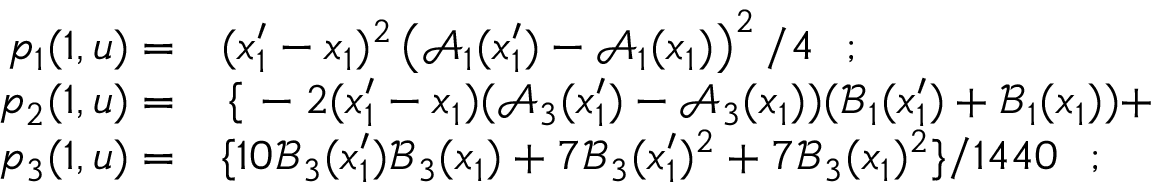
\begin{array} { r l } { p _ { 1 } ( 1 , \boldsymbol { u } ) = } & { { } ( x _ { 1 } ^ { \prime } - x _ { 1 } ) ^ { 2 } \left( \mathcal { A } _ { 1 } ( x _ { 1 } ^ { \prime } ) - \mathcal { A } _ { 1 } ( x _ { 1 } ) \right) ^ { 2 } / 4 \ \ ; } \\ { p _ { 2 } ( 1 , \boldsymbol { u } ) = } & { { } \left\{ \right. - 2 ( x _ { 1 } ^ { \prime } - x _ { 1 } ) ( \mathcal { A } _ { 3 } ( x _ { 1 } ^ { \prime } ) - \mathcal { A } _ { 3 } ( x _ { 1 } ) ) ( \mathcal { B } _ { 1 } ( x _ { 1 } ^ { \prime } ) + \mathcal { B } _ { 1 } ( x _ { 1 } ) ) + } \\ { p _ { 3 } ( 1 , \boldsymbol { u } ) = } & { { } \{ 1 0 \mathcal { B } _ { 3 } ( x _ { 1 } ^ { \prime } ) \mathcal { B } _ { 3 } ( x _ { 1 } ) + 7 \mathcal { B } _ { 3 } ( x _ { 1 } ^ { \prime } ) { } ^ { 2 } + 7 \mathcal { B } _ { 3 } ( x _ { 1 } ) { } ^ { 2 } \} / 1 4 4 0 \ \ ; } \end{array}